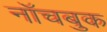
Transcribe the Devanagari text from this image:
नॉचबुक